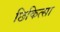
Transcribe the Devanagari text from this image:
छिकित्सा